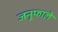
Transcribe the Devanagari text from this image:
जनूफाले